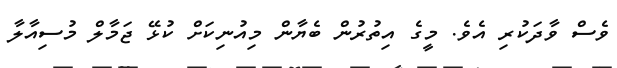
ވެސް ވާދަކުރި އެވެ. މީގެ އިތުރުން ބެޔާން މިއުނިކަށް ކުޅޭ ޖަމާލް މުސިއާލާ